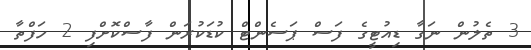
3 ތެލުން ނަގާ ޑިއުޓީގެ ފަސް ޕަސެންޓް ކުޑަކުރަން ފާސްކޮށްފި 2 ހަފްތާ